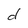
Character: d